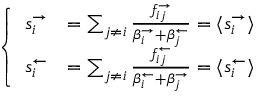
\left\{ \begin{array} { l l } { s _ { i } ^ { \rightarrow } } & { = \sum _ { j \neq i } \frac { f _ { i j } ^ { \rightarrow } } { \beta _ { i } ^ { \rightarrow } + \beta _ { j } ^ { \leftarrow } } = \langle s _ { i } ^ { \rightarrow } \rangle } \\ { s _ { i } ^ { \leftarrow } } & { = \sum _ { j \neq i } \frac { f _ { i j } ^ { \leftarrow } } { \beta _ { i } ^ { \leftarrow } + \beta _ { j } ^ { \rightarrow } } = \langle s _ { i } ^ { \leftarrow } \rangle } \end{array} \right.